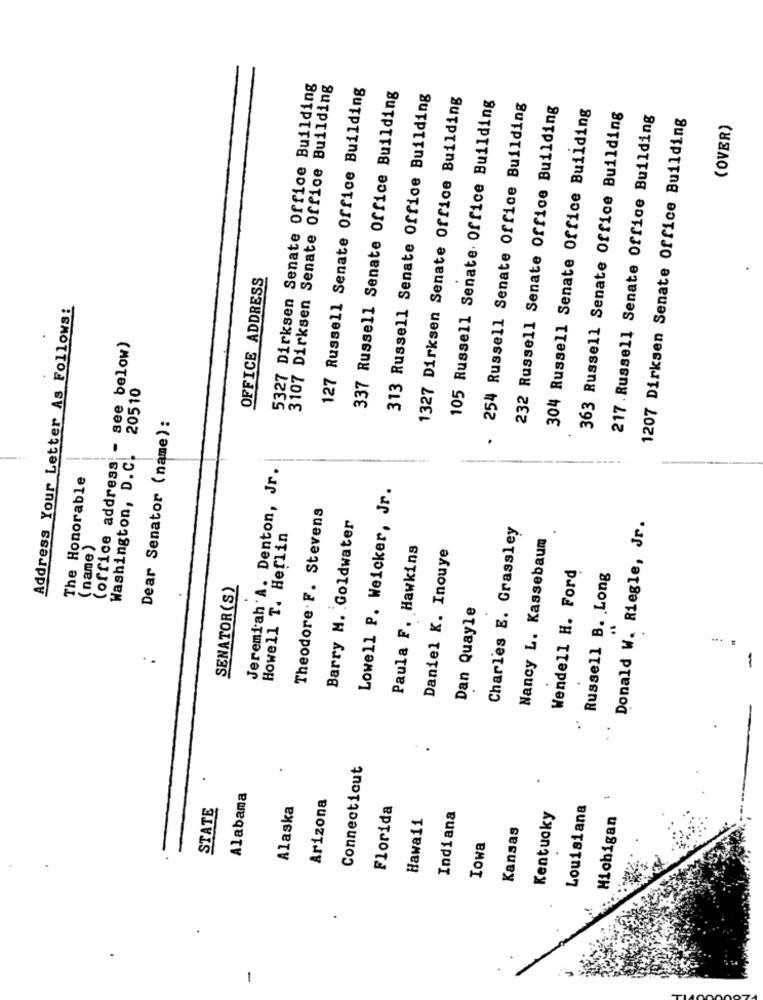
5327 Dirksen Senate Office Building
3107 Dirksen Senate Office Building
127 Russell Senate Office Building
337 Russell Senate Office Building
313 Russell Senate Office Building
1327 Dirksen Senate Office Building
105 Russell Senate. Office Building
254 Russell Senate Office Building
232 Russell Senate Office Building
304 Russell Senate Office Building
363 Russell Senate Office Building
217 .Russell Senate Office Building
1207 Dirksen Senate Office Building
(OVER)
OFFICE ADDRESS
Address Your Letter As Follows:
see below)
20510
Dear Senator (name):
(office address).
Washington, D. C.
Jeremiah 'A. Denton, Jr.
The Honorable
Lowell P. Weicker, Jr.
Theodore. F. Stevens
Barry M. Goldwater
Charles E. Grassley
Donald W. Riegle, Jr.
Howell T. Heflin
Nancy L. Kassebaum
(name )
Paula F. Hawkins
Daniel K. Inouye
Wendell H. Ford
Russell B. Long
SENATOR(S)
Dan Quayle
. .
-
Connecticut
.
Alabama
Arizona
STATE
Alaska
Florida
Louisiana
Hawaii
Indiana
Kentucky
Michigan
Kansas
Iowa